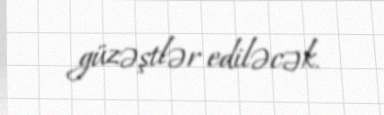
güzəştlər ediləcək.